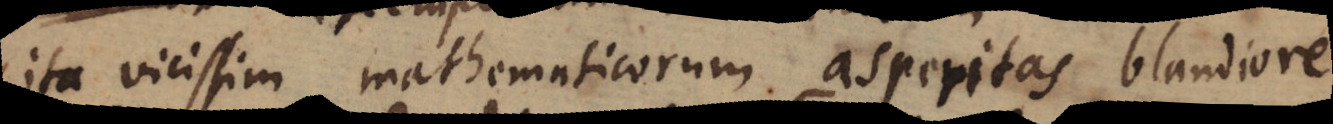
ita vicissim mathematicarum asperitas blandiore